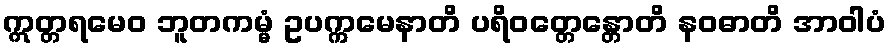
ဣတ္တရမေဝ ဘူတကမ္မံ ဥပက္ကမေနာတိ ပရိဝတ္တေန္တောတိ နဝဓာတိ အာဝါပံ